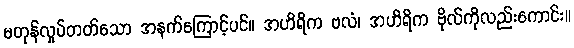
မတုန်လှုပ်တတ်သော အနက်ကြောင့်ပင်။ အဟိရိက ဗလံ၊ အဟိရိက ဗိုလ်ကိုလည်းကောင်း။